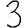
Digit: 3